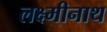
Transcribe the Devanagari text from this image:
लक्ष्मीनाथ